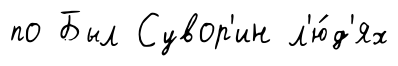
по Был Сувор'ин л'ю́д'ях